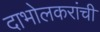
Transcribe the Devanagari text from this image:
दाभोलकरांची